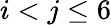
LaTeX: i<j\le 6